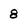
Character: 8